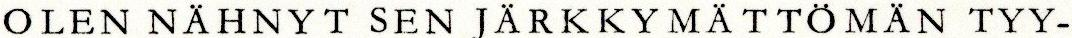
OLEN NÄHNYT SEN JÄRKKYMÄTTÖMÄN TYY-